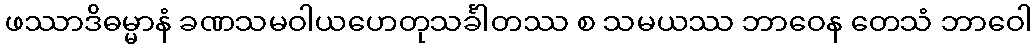
ဖဿာဒိဓမ္မာနံ ခဏသမဝါယဟေတုသင်္ခါတဿ စ သမယဿ ဘာဝေန တေသံ ဘာဝေါ